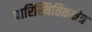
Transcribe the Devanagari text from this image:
पारिस्थितिकक्षेत्र